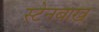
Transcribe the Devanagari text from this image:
स्टेनबाख